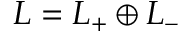
{ \cal L } = { \cal L } _ { + } \oplus { \cal L } _ { - }